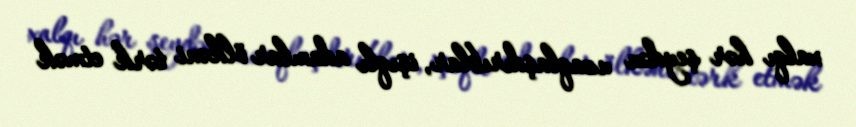
xalqı hər şeydən uzaqlaşdırıblar, işıqlı adamlar ölkəni tərk etmək